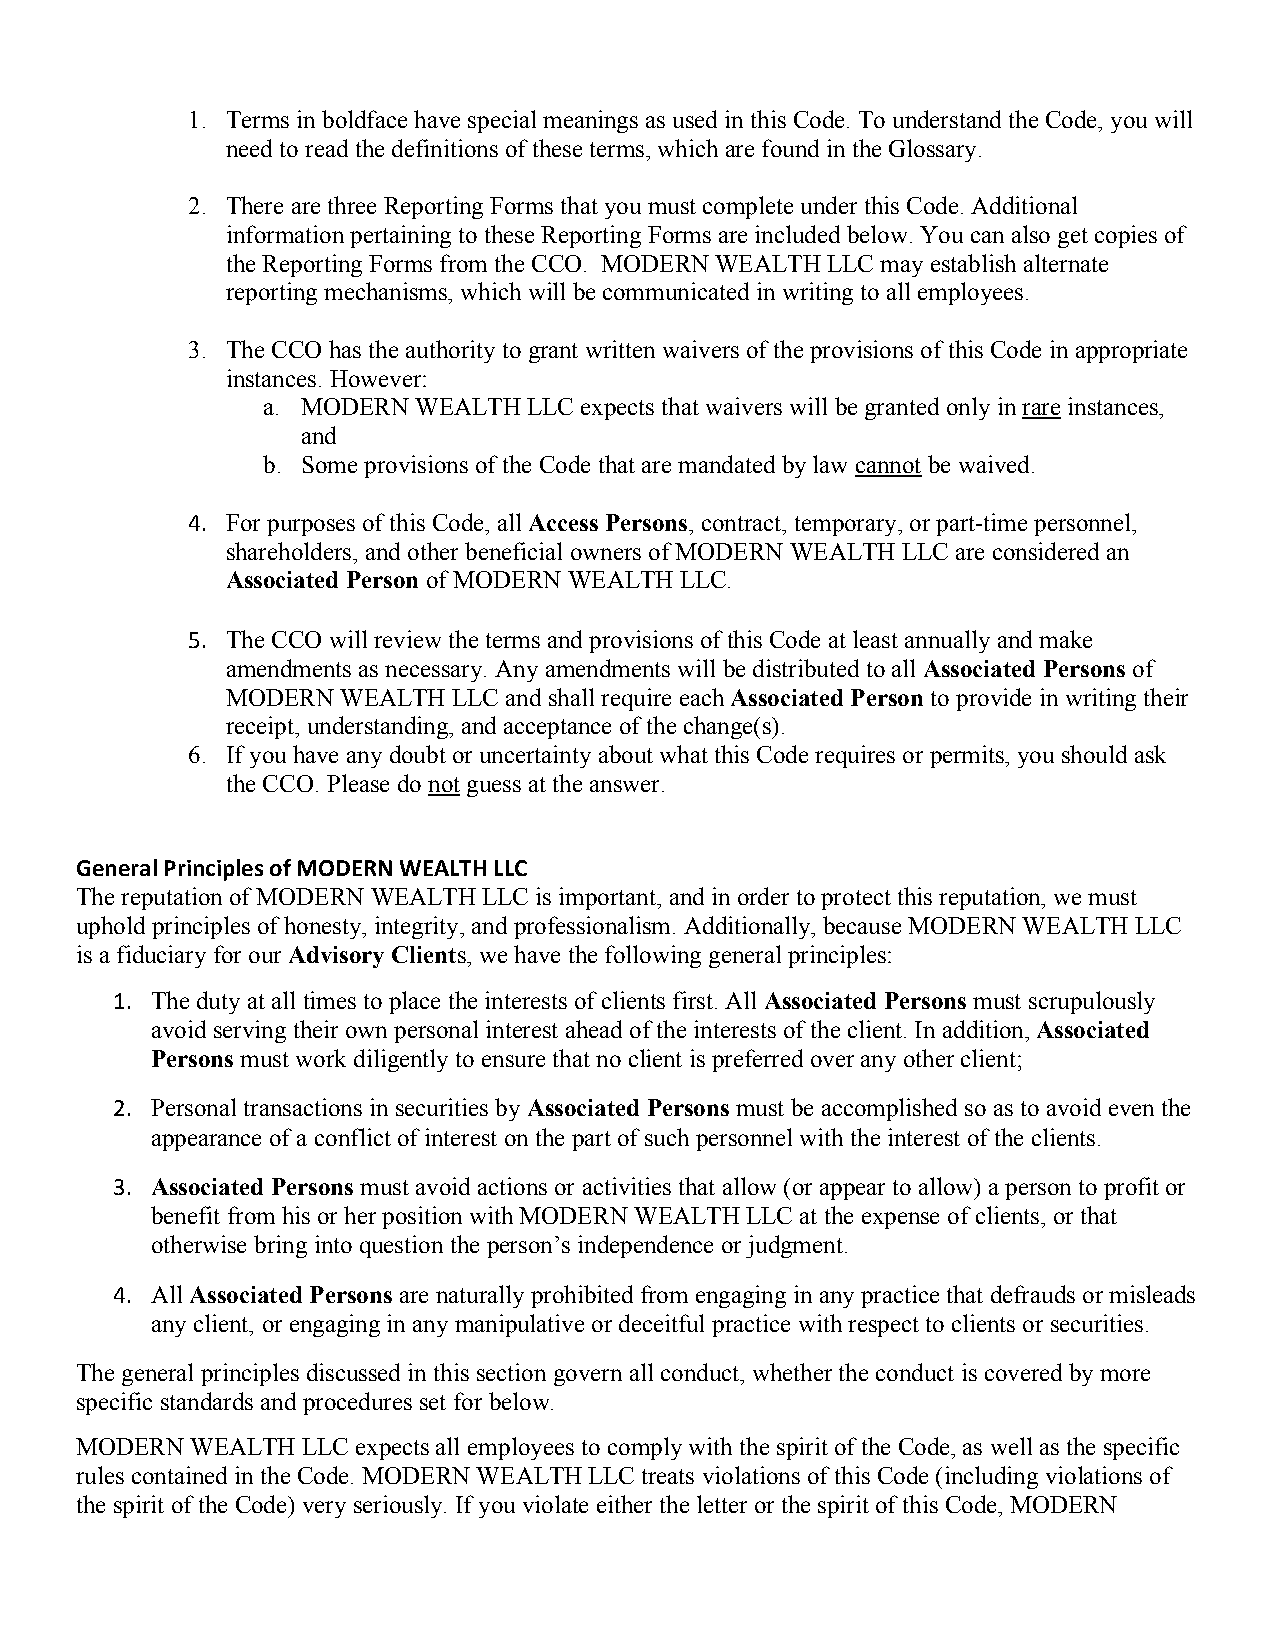
1. Terms in boldface have special meanings as used in this Code. To understand the Code, you will
 need to read the definitions of these terms, which are found in the Glossary.
 2. There are three Reporting Forms that you must complete under this Code. Additional
 information pertaining to these Reporting Forms are included below. You can also get copies of
 the Reporting Forms from the CCO. MODERN WEALTH LLC may establish alternate
 reporting mechanisms, which will be communicated in writing to all employees.
 3. The CCO has the authority to grant written waivers of the provisions of this Code in appropriate
 instances. However:
 a. MODERN  WEALTH LLC expects that waivers will be granted only in rare instances,
 and
 b. Some provisions of the Code that are mandated by law cannot be waived.
 4. For purposes of this Code, all Access Persons, contract, temporary, or part-time personnel,
 shareholders, and other beneficial owners of MODERN WEALTH LLC are considered an
 Associated Person of MODERN WEALTH LLC.
 5. The CCO will review the terms and provisions of this Code at least annually and make
 amendments as necessary. Any amendments will be distributed to all Associated Persons of
 MODERN  WEALTH LLC and shall require each Associated Person to provide in writing their
 receipt, understanding, and acceptance of the change(s).
 6. If you have any doubt or uncertainty about what this Code requires or permits, you should ask
 the CCO. Please do not guess at the answer.
 General Principles of MODERN WEALTH LLC
 The reputation of MODERN WEALTH LLC is important, and in order to protect this reputation, we must
 uphold principles of honesty, integrity, and professionalism. Additionally, because MODERN WEALTH LLC
 is a fiduciary for our Advisory Clients, we have the following general principles:
 1. The duty at all times to place the interests of clients first. All Associated Persons must scrupulously
 avoid serving their own personal interest ahead of the interests of the client. In addition, Associated
 Persons must work diligently to ensure that no client is preferred over any other client;
 2. Personal transactions in securities by Associated Persons must be accomplished so as to avoid even the
 appearance of a conflict of interest on the part of such personnel with the interest of the clients.
 3. Associated Persons must avoid actions or activities that allow (or appear to allow) a person to profit or
 benefit from his or her position with MODERN WEALTH LLC at the expense of clients, or that
 otherwise bring into question the person’s independence or judgment.
 4. All Associated Persons are naturally prohibited from engaging in any practice that defrauds or misleads
 any client, or engaging in any manipulative or deceitful practice with respect to clients or securities.
 The general principles discussed in this section govern all conduct, whether the conduct is covered by more
 specific standards and procedures set for below.
 MODERN  WEALTH LLC expects all employees to comply with the spirit of the Code, as well as the specific
 rules contained in the Code. MODERN WEALTH LLC treats violations of this Code (including violations of
 the spirit of the Code) very seriously. If you violate either the letter or the spirit of this Code, MODERN